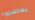
يستسلموا